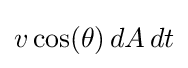
v\cos(\theta )\,dA\,dt